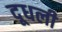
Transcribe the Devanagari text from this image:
दूधली